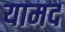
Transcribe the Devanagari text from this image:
यामद